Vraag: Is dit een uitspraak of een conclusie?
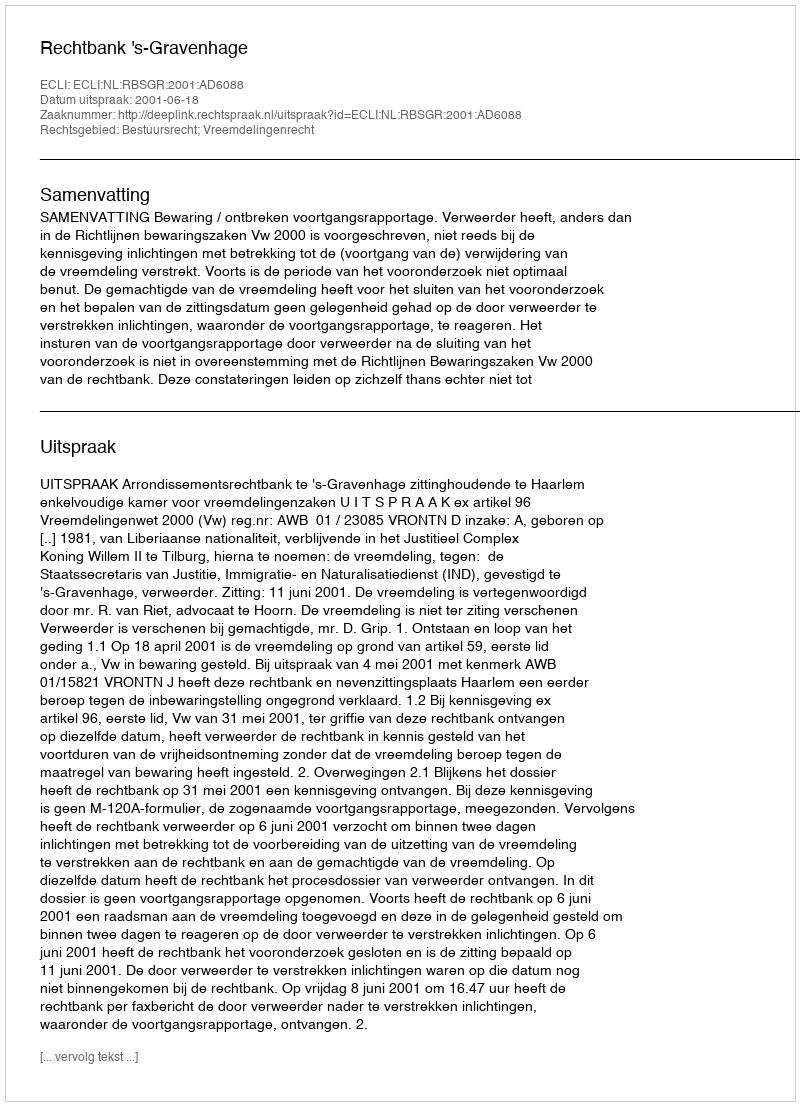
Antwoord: Uitspraak